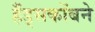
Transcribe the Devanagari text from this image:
हँड्सकोंबने